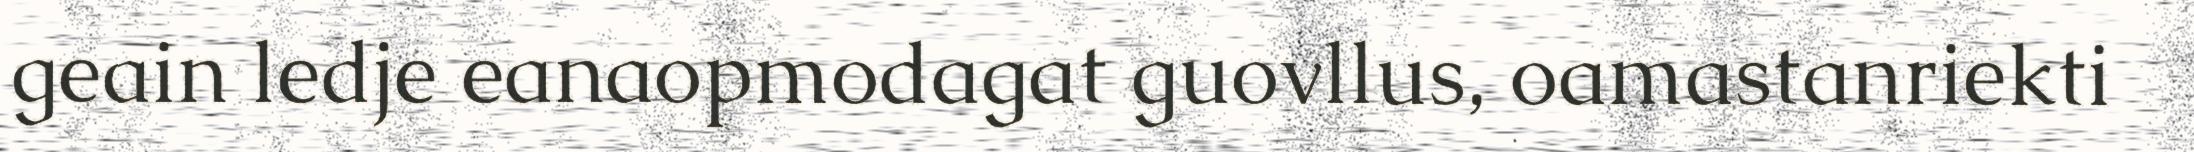
geain ledje eanaopmodagat guovllus, oamastanriekti